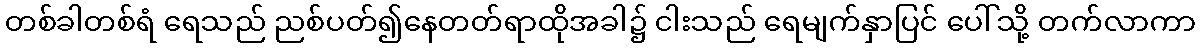
တစ်ခါတစ်ရံ ရေသည် ညစ်ပတ်၍နေတတ်ရာထိုအခါ၌ ငါးသည် ရေမျက်နှာပြင် ပေါ်သို့ တက်လာကာ